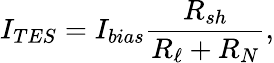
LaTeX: I_{TES}=I_{bias}\frac{R_{sh}}{R_{\ell}+R_{N}},